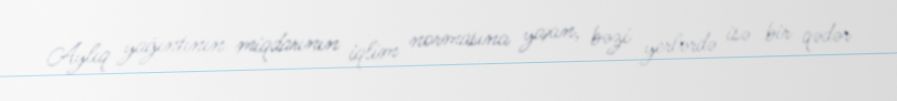
Aylıq yağıntının miqdarının iqlim normasına yaxın, bəzi yerlərdə isə bir qədər